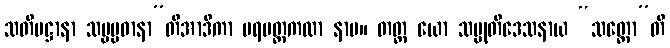
သတိပဋ္ဌာနာ သမ္မပ္ပဓာနာ”တိအာဒိကာ ပရမတ္ထကထာ နာမ။ တတ္ထ ယော သမ္မုတိဒေသနာယ “သတ္တော”တိ